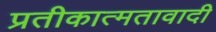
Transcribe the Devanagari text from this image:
प्रतीकात्मतावादी